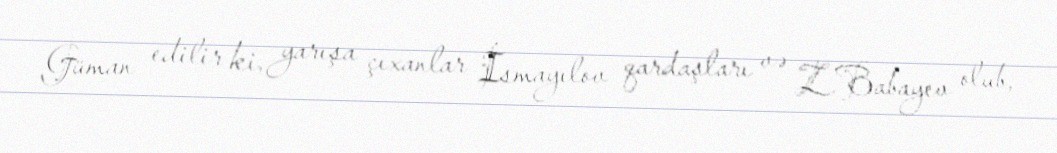
Güman edilir ki, yarışa çıxanlar İsmayılov qardaşları və Z.Babayev olub,